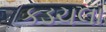
કડચલા